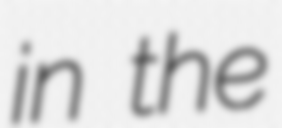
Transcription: in the